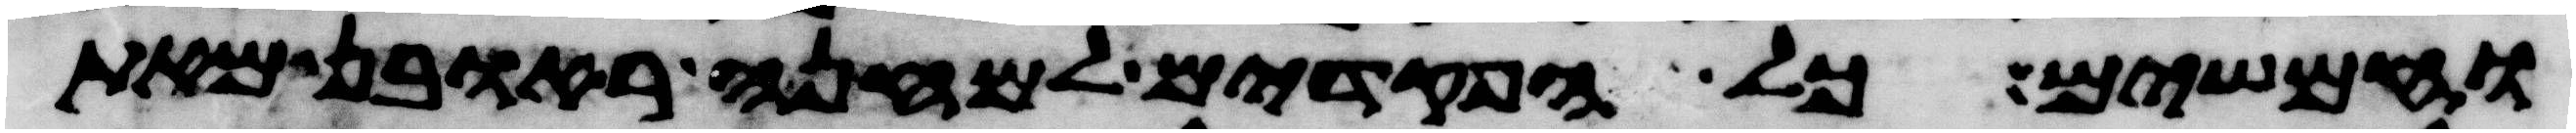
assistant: וחמשים כל הפקדים למחנה ראובן מאת